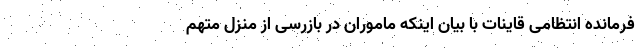
فرمانده انتظامی قاینات با بیان اینکه ماموران در بازرسی از منزل متهم